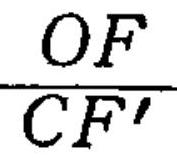
\frac{OF}{CF'}